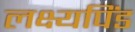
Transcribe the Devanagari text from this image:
लक्ष्यपिंड